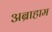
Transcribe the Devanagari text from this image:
अब्राहाम